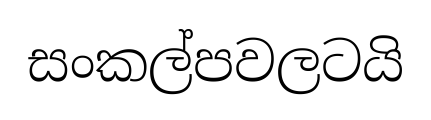
සංකල්පවලටයි